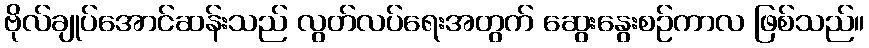
ဗိုလ်ချုပ်အောင်ဆန်းသည် လွတ်လပ်ရေးအတွက် ဆွေးနွေးစဉ်ကာလ ဖြစ်သည်။